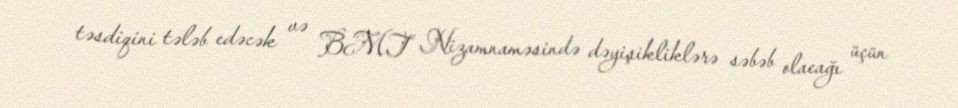
təsdiqini tələb edəcək və BMT Nizamnaməsində dəyişikliklərə səbəb olacağı üçün